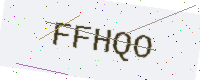
Text: FFHQO